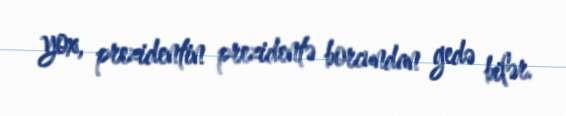
yox, prezidentin prezidentə borcundan gedə bilər.